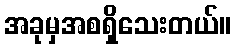
အခုမှအစရှိသေးတယ်။